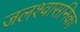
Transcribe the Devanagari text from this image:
जलश्वासनिका